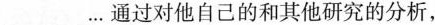
___…通过对他自己的和其他研究的分析,